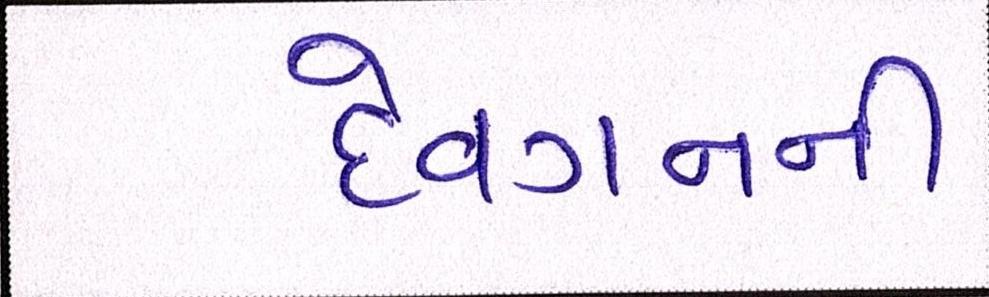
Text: દેવગનની